Code of medical and sanitary regulations for the guidance of medical officers serving in the Madras Presidency - Volume II
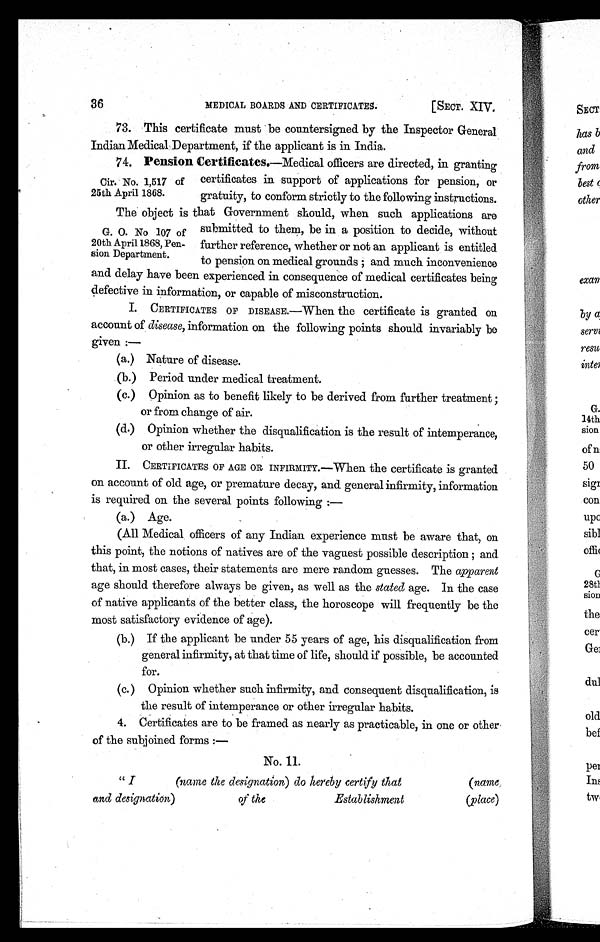
MEDICAL BOARDS AND CERTIFICATES.
[SECT. XIV.
36
73. This certificate must be countersigned by the Inspector General
Indian Medical Department, if the applicant is in India.
74. Pension Certificates.—Medical officers are directed, in granting
certificates in support of applications for pension, or
gratuity, to conform strictly to the following instructions.
The object is that Government should, when such applications are
submitted to them, be in a position to decide, without
further reference, whether or not an applicant is entitled
to pension on medical grounds ; and much inconvenience
and delay have been experienced in consequence of medical certificates being
defective in information, or capable of misconstruction.
I. CERTIFICATES OF DISEASE.—When the certificate is granted on
account of disease, information on the following points should invariably be
given :—
(a.) Nature of disease.
(b.) Period under medical treatment.
(c.) Opinion as to benefit likely to be derived from further treatment ;
or from change of air.
(d.) Opinion whether the disqualification is the result of intemperance,
or other irregular habits.
II. CERTIFICATES OF AGE OR INFIRMITY.—When the certificate is granted
on account of old age, or premature decay, and general infirmity, information
is required on the several points following :
—
(a.) Age.
(All Medical officers of any Indian experience must be aware that, on
this point, the notions of natives are of the vaguest possible description ; and
that, in most cases, their statements are mere random guesses. The apparent
age should therefore always be given, as well as the stated age. In the case
of native applicants of the better class, the horoscope will frequently be the
most satisfactory evidence of age).
(b.) If the applicant be under 55 years of age, his disqualification from
general infirmity, at that time of life, should if possible, be accounted
for.
(c.) Opinion whether such infirmity, and consequent disqualification, is
the result of intemperance or other irregular habits.
4. Certificates are to be framed as nearly as practicable, in one or other
of the subjoined forms :-
No. II.
'' I (name the designation) do hereby certify that (name
and designation)
of the
Establishment
(place)
Cir. No. 1,517 of
25th April 1868.
G. O. No 107 of
20th April 1868, Pen-
sion Department.